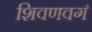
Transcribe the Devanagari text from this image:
शिवणवर्ग